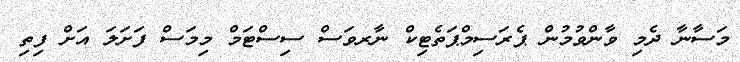
މަސާނާ ދެމި ވާންވުމުން ޕެރަސިމްޕަތެޓިކް ނާރވަސް ސިސްޓަމް މިމަސް ފަށަލަ އަށް ފިތި